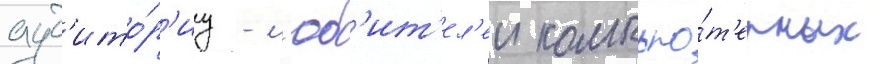
ауд'ито́р'иу - л'юб'ит'ел'еи компью́т'ерных